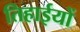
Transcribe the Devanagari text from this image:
तिहाईयों